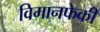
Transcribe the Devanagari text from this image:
विमानफेकी